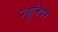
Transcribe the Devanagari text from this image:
ज्यूनिपर